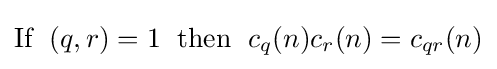
{\mbox{If }}\;(q,r)=1\;{\mbox{ then }}\;c_{q}(n)c_{r}(n)=c_{qr}(n)